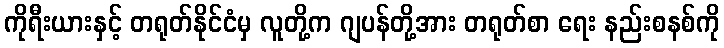
ကိုရီးယားနှင့် တရုတ်နိုင်ငံမှ လူတို့က ဂျပန်တို့အား တရုတ်စာ ရေး နည်းစနစ်ကို